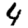
Digit: 4